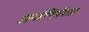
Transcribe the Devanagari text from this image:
अर्न्तनिर्भरता